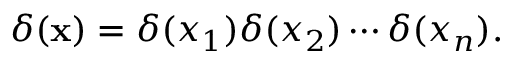
\delta ( \mathbf { x } ) = \delta ( x _ { 1 } ) \delta ( x _ { 2 } ) \cdots \delta ( x _ { n } ) .